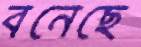
বনেছে